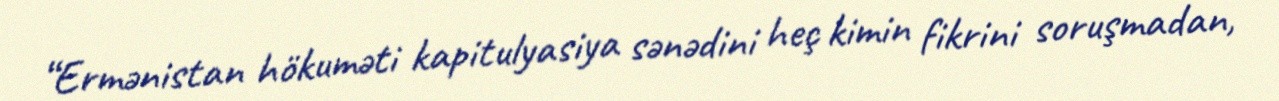
“Ermənistan hökuməti kapitulyasiya sənədini heç kimin fikrini soruşmadan,